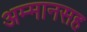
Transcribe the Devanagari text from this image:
अम्मानसह